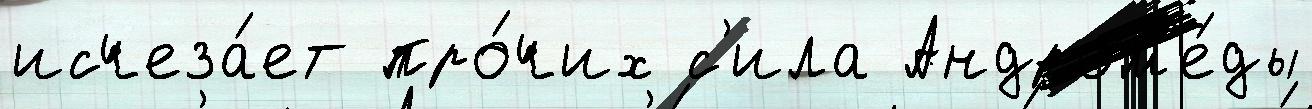
исчеза́ет про́чих с'ила Андром'е́ды